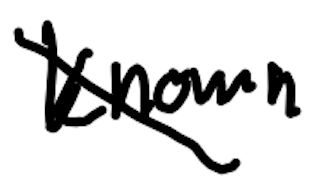
Text: known
Cross-out: diagonal
Writing tool: digital_black